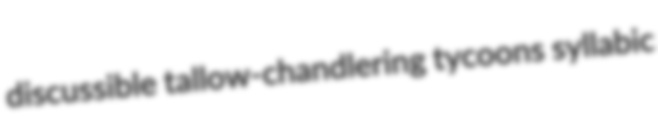
discussible tallow-chandlering tycoons syllabic